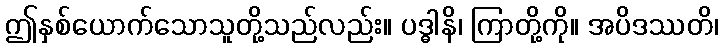
ဤနှစ်ယောက်သောသူတို့သည်လည်း။ ပဒ္ဓါနိ၊ ကြာတို့ကို။ အပိဒဿတိ၊